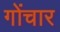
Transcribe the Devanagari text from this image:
गोंचार